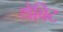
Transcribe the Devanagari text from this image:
थेबिट